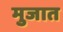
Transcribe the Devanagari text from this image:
मुजात